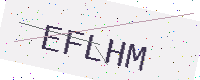
Text: EFLHM